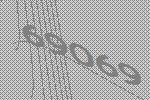
69069